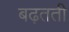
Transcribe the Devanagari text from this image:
बढ़तती